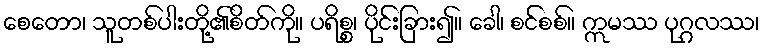
စေတော၊ သူတစ်ပါးတို့၏စိတ်ကို။ ပရိစ္စ၊ ပိုင်းခြား၍။ ခေါ၊ စင်စစ်။ ဣမဿ ပုဂ္ဂလဿ၊